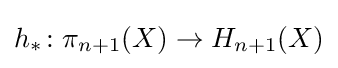
h_{*}\colon \pi _{n+1}(X)\to H_{n+1}(X)